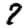
Digit: 7